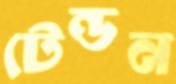
টেন্ডন